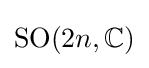
\mathrm {SO} (2n,\mathbb {C} )